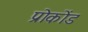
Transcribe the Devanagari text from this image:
प्रोकोंड